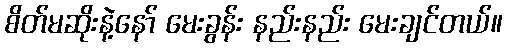
စိတ်မဆိုးနဲ့နော် မေးခွန်း နည်းနည်း မေးချင်တယ်။